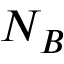
N _ { B }